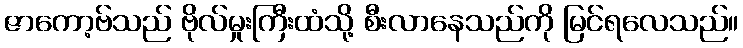
ဇာကော့ဗ်သည် ဗိုလ်မှုးကြီးထံသို့ စီးလာနေသည်ကို မြင်ရလေသည်။